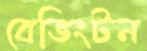
বেভিংটন